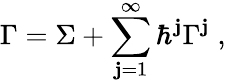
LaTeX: \Gamma=\Sigma+\sum_{\mathbf{j}=1}^{\infty}\hbar^{\mathbf{j}}\Gamma^{\mathbf{j}}\; ,